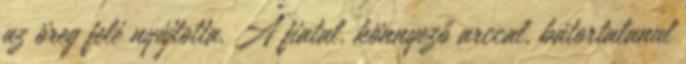
az öreg felé nyújtotta. A fiatal, könnyező arccal, bátortalanul